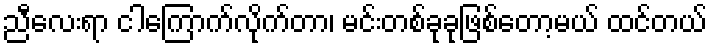
ညီလေးရာ ငါကြောက်လိုက်တာ၊ မင်းတစ်ခုခုဖြစ်တော့မယ် ထင်တယ်